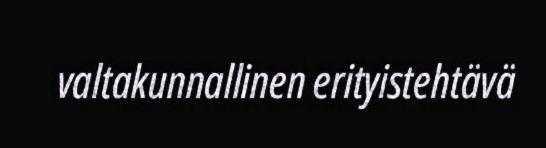
valtakunnallinen erityistehtävä